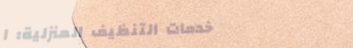
خدمات التنظيف المنزلية: ا